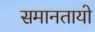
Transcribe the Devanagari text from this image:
समानतायो